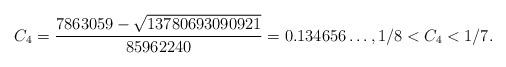
LaTeX: \begin{align*}C_4 = {7863059 - \sqrt{13780693090921} \over 85962240} = 0.134656\ldots, 1/8 < C_4 < 1/7.\end{align*}